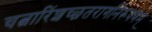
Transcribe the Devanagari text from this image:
चत्वारिंशच्छतरागनिरूपणम्‌